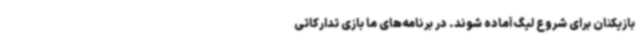
بازیکنان برای شروع لیگ آماده شوند. در برنامه‌های ما بازی تدارکاتی